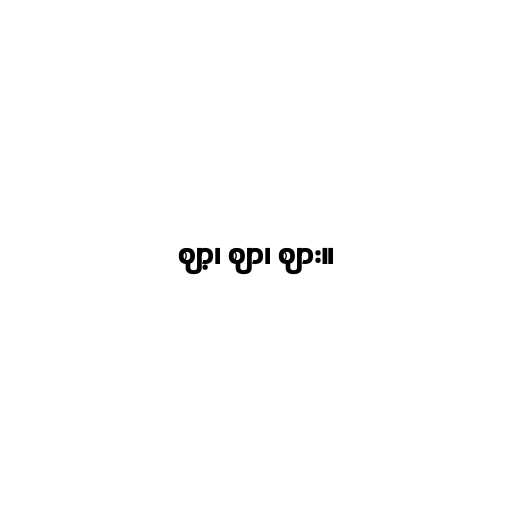
ဈာ့၊ ဈာ၊ ဈား။